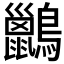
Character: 𪇹